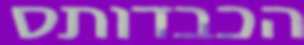
הכבדותס